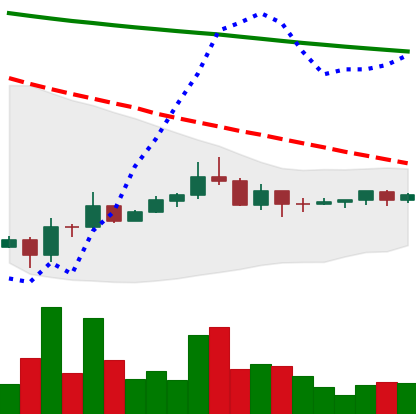
Ticker: DOGE-USD
Chart end date: 2022-07-06
Forward return: -9.822%
Label: down_7plus